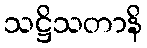
သဋ္ဌိသတာနိ